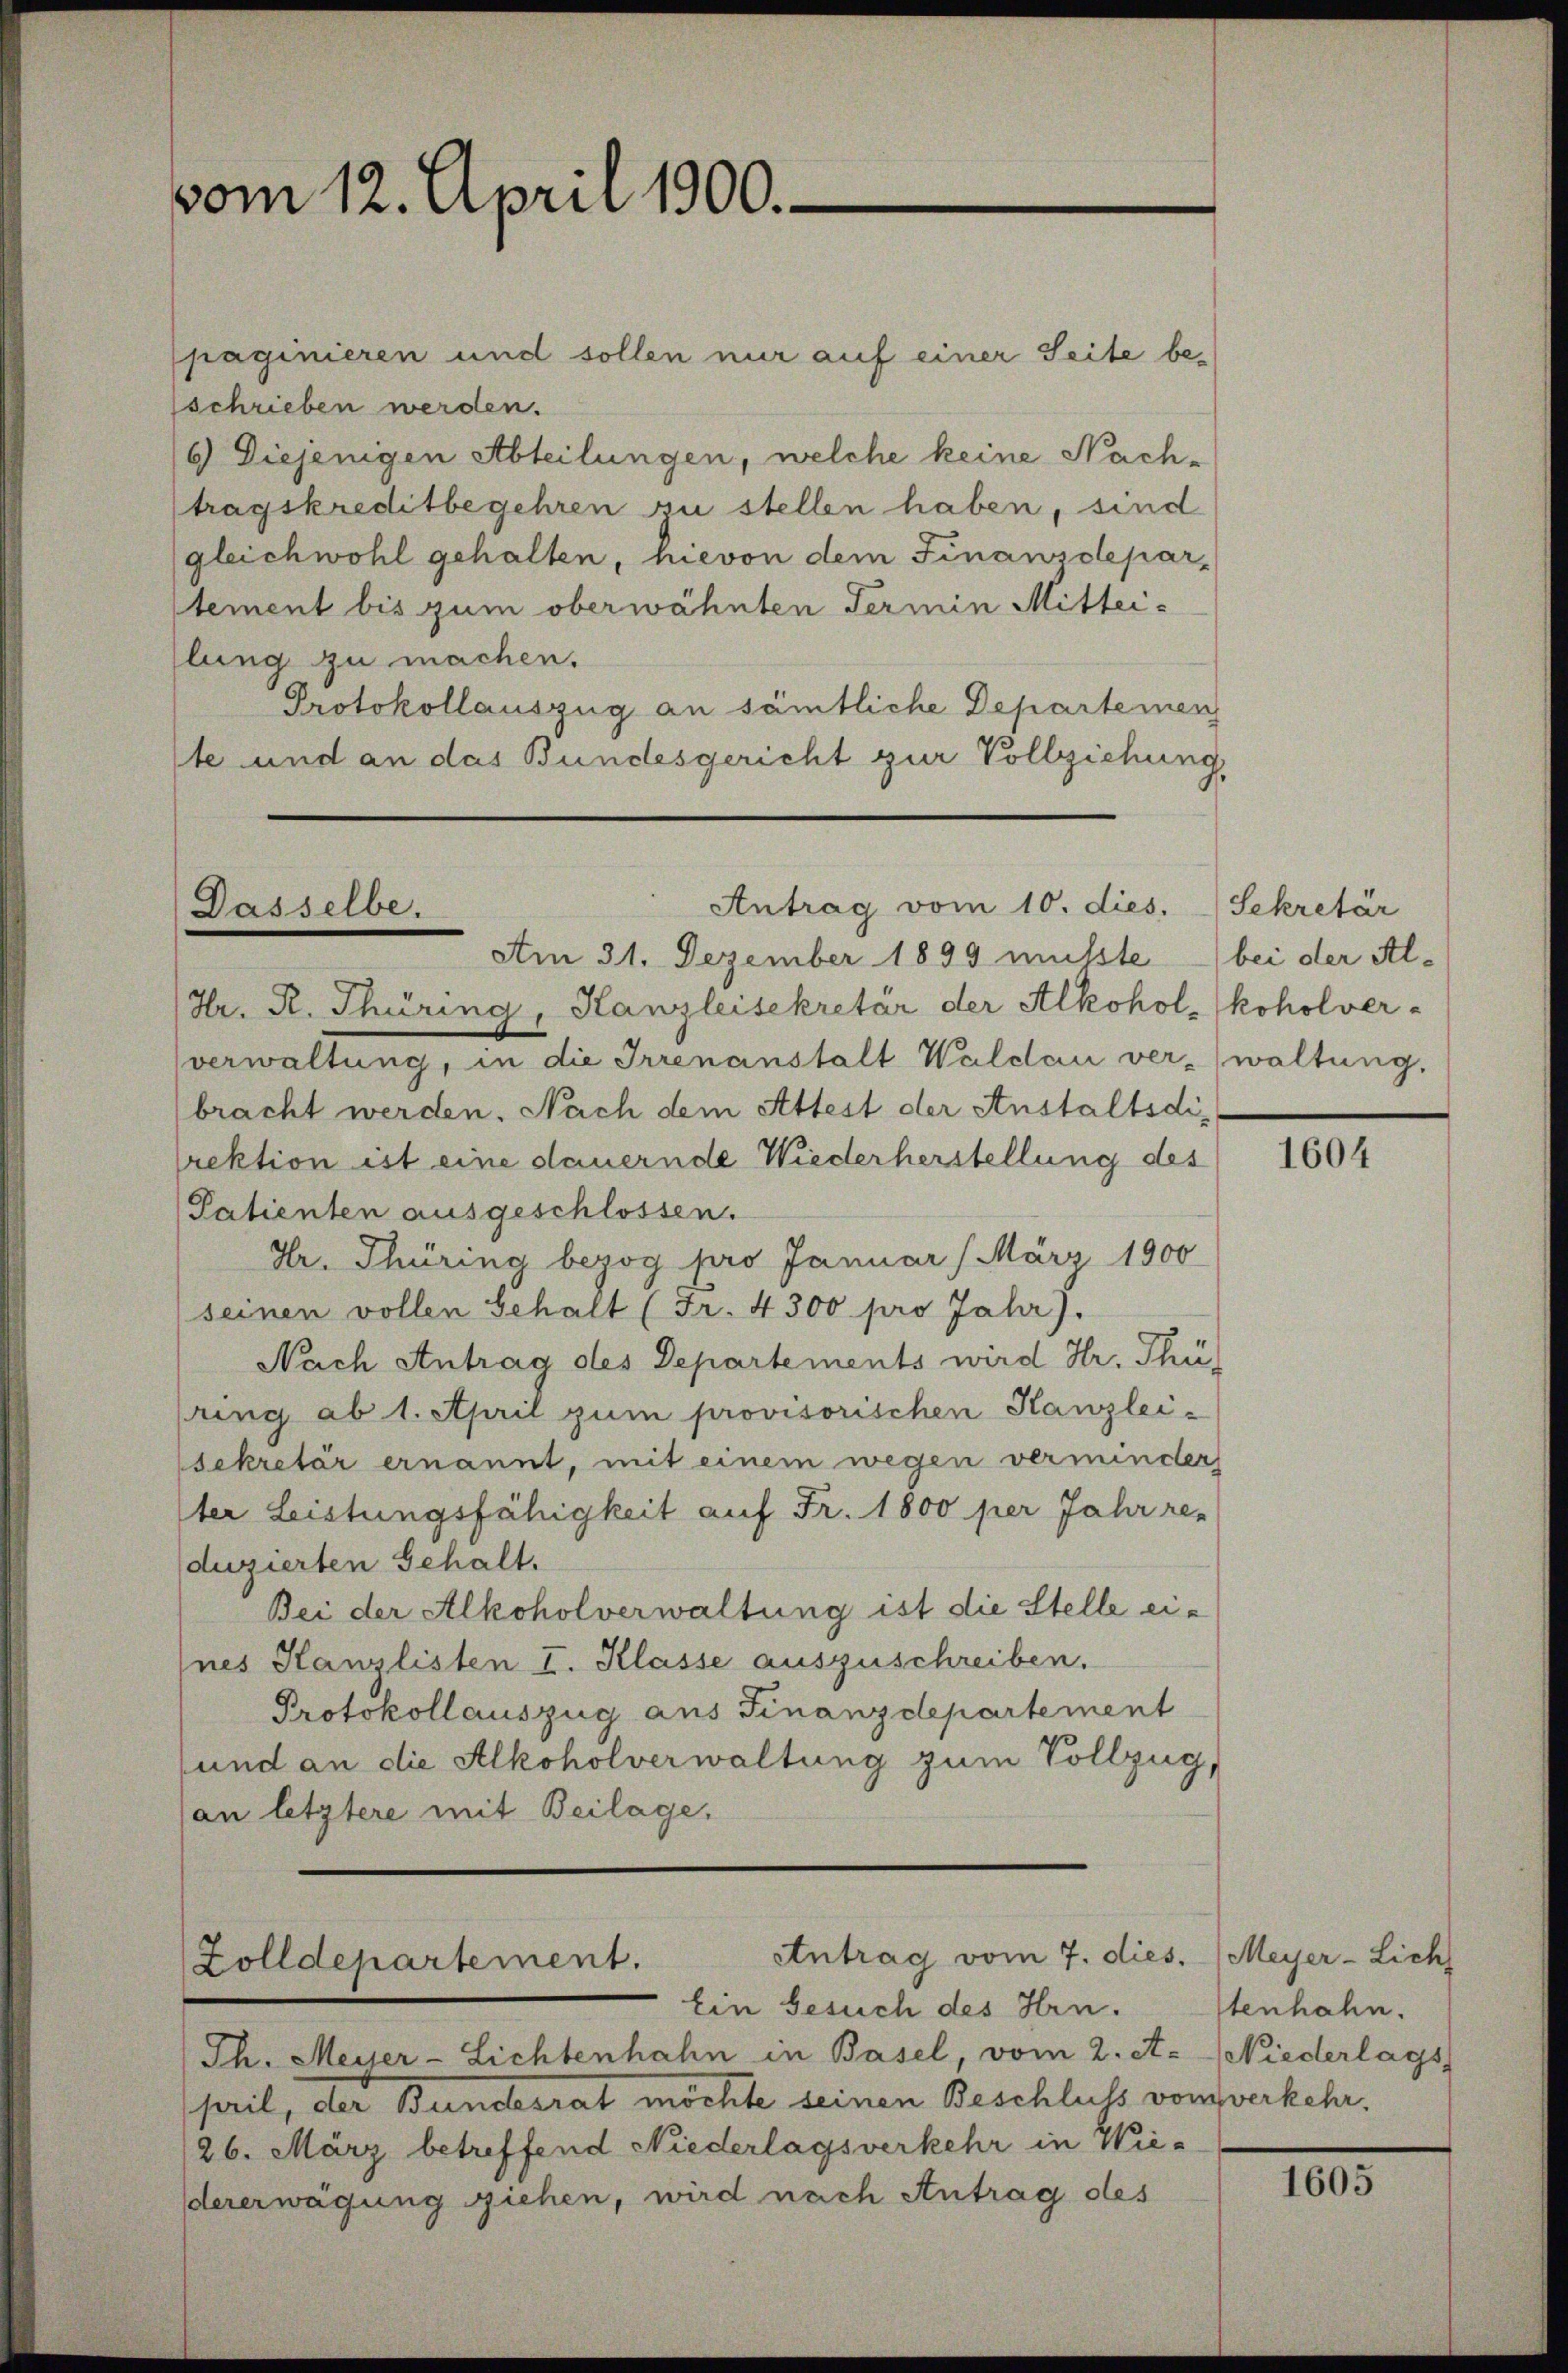
vom 12. April 1900.

paginieren und sollen nur auf einer Seite be-
schrieben werden.
6) Diejenigen Abteilungen, welche keine Nach-
tragskreditbegehren zu stellen haben, sind
gleichwohl gehalten, hievon dem Finanzdeparstement bis zum oberwähnten Termin Mittei-
lung zu machen.
Protokollauszug an sämtliche Departemen
ste und an das Bundesgericht zur Vollziehung

Antrag vom 10. dies. Sekretär
Dasselbe.
Am 31. Dezember 1899 müsste bei der Al-

Hr. R. Thüring, Kanzleisekretär der Alkohol-koholver-
verwaltung, in die Irrenanstalt Waldau verwaltung,
bracht werden. Nach dem Attest der Anstaltsdirektion ist eine dauernde Wiederherstellung des
Patienten ausgeschlossen.
Dr. Thüring bezog pro Januar / März 1900
seinen vollen Gehalt (Fr. 4300 pro Jahr).
Nach Antrag des Departements wird Hr. Thüring ab 1. April zum provisorischen Kanzlei-
sekretär ernannt, mit einem wegen verminder
ter Leistungsfähigkeit auf Fr. 1800 per Jahr re
duzierten Gehalt.
Bei der Alkoholverwaltung ist die Stelle eines Kanzlisten I. Klasse auszuschreiben.
Protokollauszug aus Finanzdepartement
sund an die Alkoholverwaltung zum Vollzug,
an letztere mit Beilage,

Antrag vom 7. dies. (Meyer-Lich
Zolldepartement.

Ein Gesuch des Hrn.
Th. Meiser-Lichtenhahn in Basel, vom 2. A. Niederlags
pril, der Bundesrat möchte seinen Beschluss vom verkehr¬
26. März betreffend Niederlagsverkehr in Wiedererwägung ziehen, wird nach Antrag des

1604

tenhahn.

1605